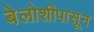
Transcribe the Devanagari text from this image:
बेलोशीपासून